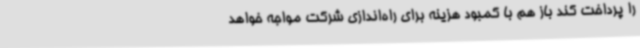
را پرداخت کند باز هم با کمبود هزینه برای راه‌اندازی شرکت مواجه خواهد